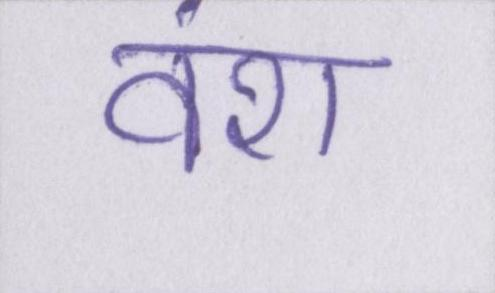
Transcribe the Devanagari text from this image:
वंश